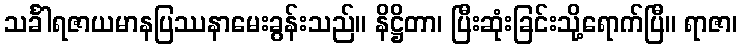
သင်္ခါရဇာယမာနပြဿနာမေးခွန်းသည်။ နိဋ္ဌိတာ၊ ပြီးဆုံးခြင်းသို့ရောက်ပြီ။ ရာဇာ၊